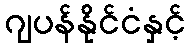
ဂျပန်နိုင်ငံနှင့်